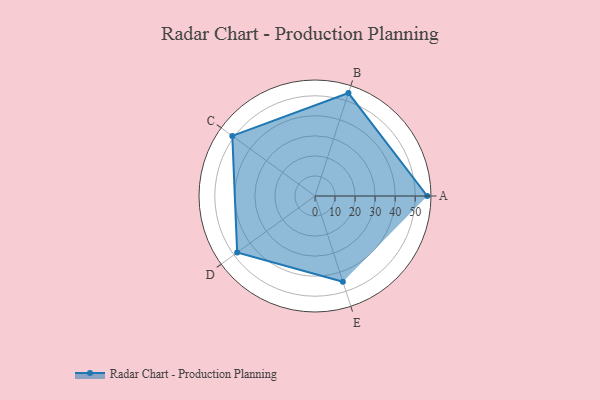
{"axis": {"x": "Skill", "y": "Score"}, "legend": ["Profile"], "data": [{"x": "A", "y": 56.0, "type": "Profile"}, {"x": "B", "y": 54.0, "type": "Profile"}, {"x": "C", "y": 51.0, "type": "Profile"}, {"x": "D", "y": 48.0, "type": "Profile"}, {"x": "E", "y": 45.0, "type": "Profile"}]}